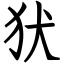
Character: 犾